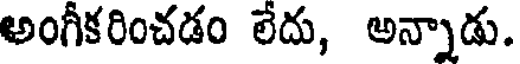
అంగీకరించడం లేదు, అన్నాడు.